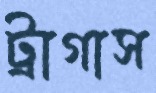
ট্রাগাস